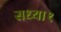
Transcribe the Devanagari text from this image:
सध्या१